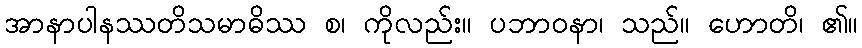
အာနာပါနဿတိသမာဓိဿ စ၊ ကိုလည်း။ ပဘာဝနာ၊ သည်။ ဟောတိ၊ ၏။